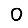
Digit: 0